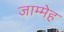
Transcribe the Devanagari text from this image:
जाम्मेह